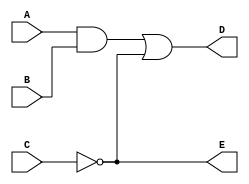
module simple_circuit(A,B,C,D,E);
output D,E;
input A,B,C;
wire w1;
and G1(w1, A, B);
not G2(E,C);
or G3(D, w1, E);	
endmodule